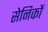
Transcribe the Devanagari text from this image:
सेनिकों